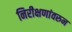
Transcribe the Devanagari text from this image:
निरीक्षणांवरुन